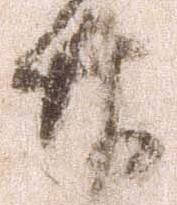
廿